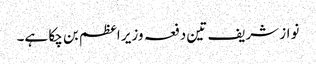
نواز شریف تین دفعہ وزیر اعظم بن چکا ہے۔